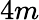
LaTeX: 4m